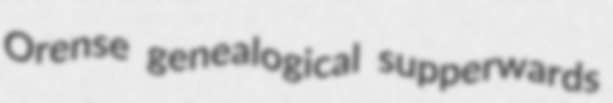
Orense genealogical supperwards